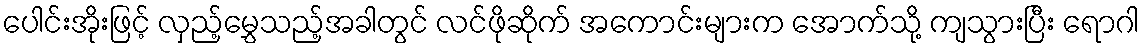
ပေါင်းအိုးဖြင့် လှည့်မွှေသည့်အခါတွင် လင်ဖိုဆိုက် အကောင်းများက အောက်သို့ ကျသွားပြီး ရောဂါ